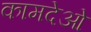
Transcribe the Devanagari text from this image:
कामदेओ